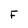
Character: F